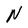
Character: N